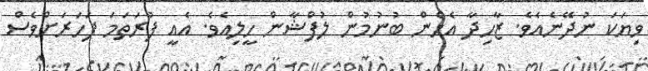
ވިޔަކަ ނުދޭނެއެވެ. ޒާހިދާ އެހެން ބުނުމުން ލުފްޝާން ހީލިއެވެ. އެއީ ފުރަތަމަ ފަހަރަށްވެސް